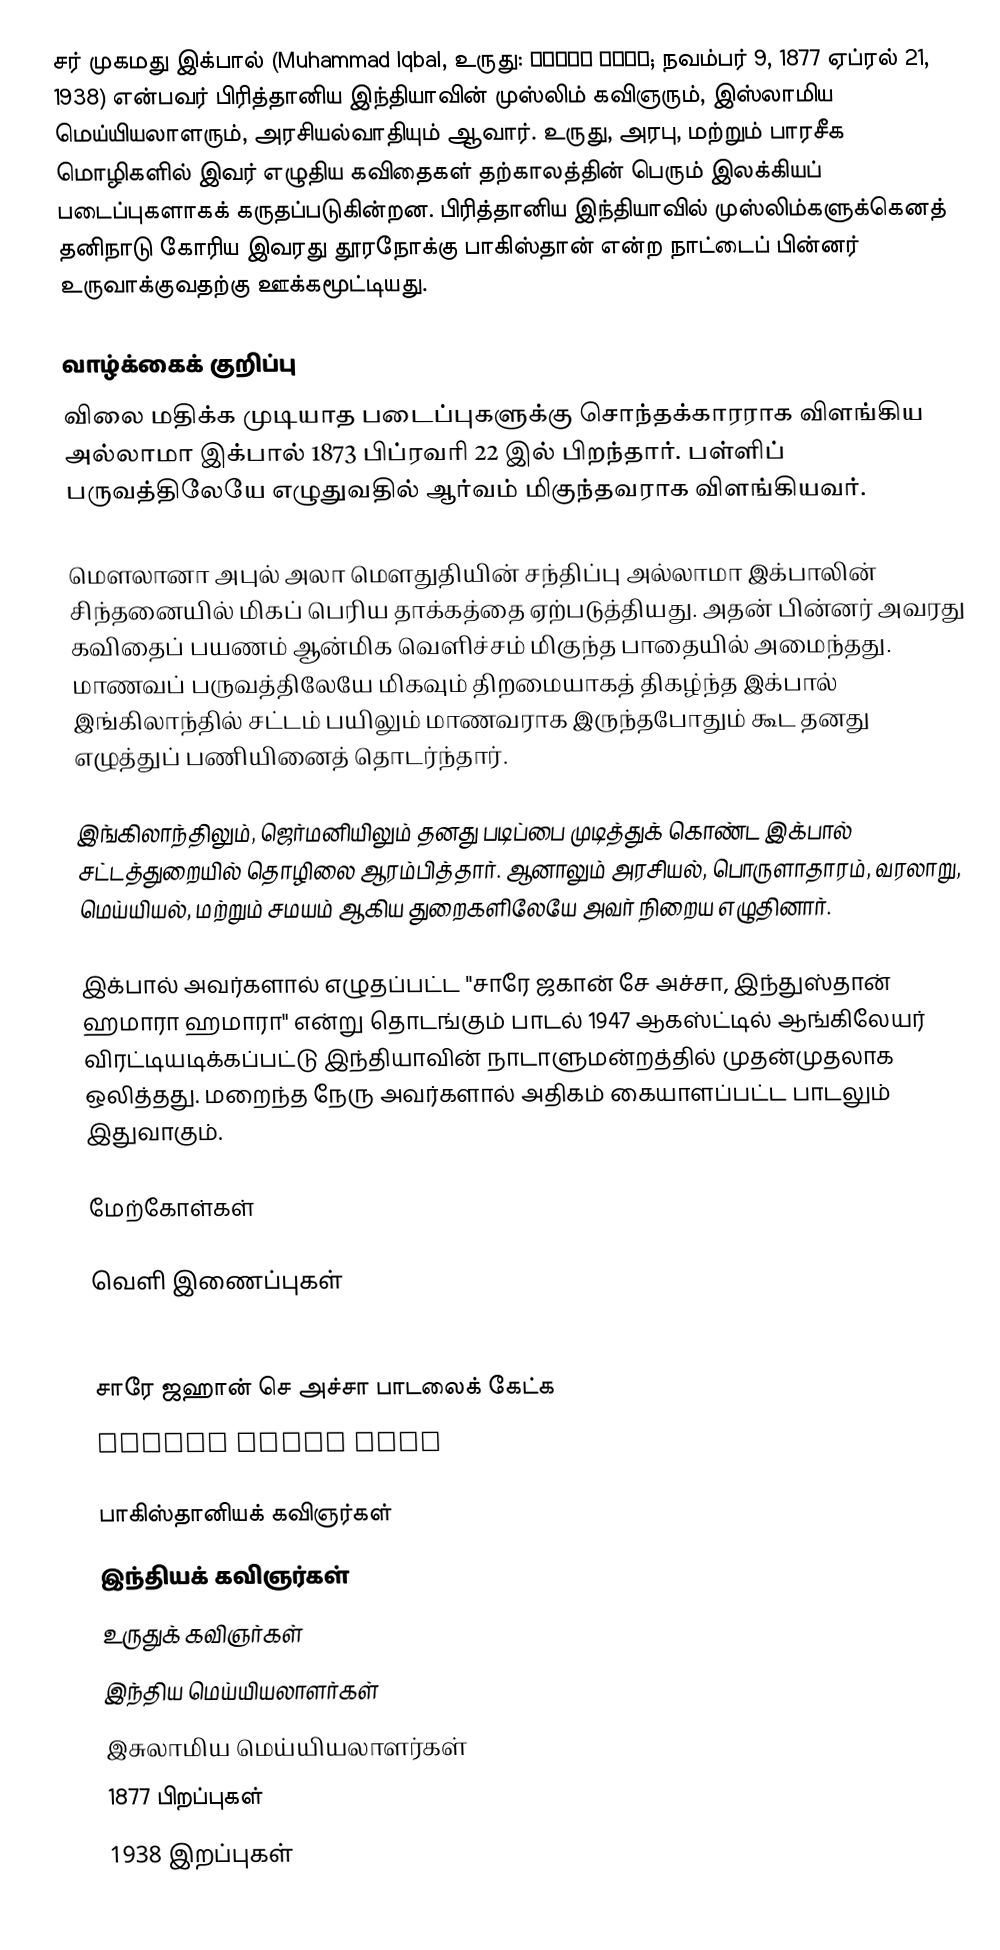
சர் முகமது இக்பால் (Muhammad Iqbal, உருது: محمد اقبال; நவம்பர் 9, 1877 ஏப்ரல் 21, 1938) என்பவர் பிரித்தானிய இந்தியாவின் முஸ்லிம் கவிஞரும், இஸ்லாமிய மெய்யியலாளரும், அரசியல்வாதியும் ஆவார். உருது, அரபு, மற்றும் பாரசீக மொழிகளில் இவர் எழுதிய கவிதைகள் தற்காலத்தின் பெரும் இலக்கியப் படைப்புகளாகக் கருதப்படுகின்றன. பிரித்தானிய இந்தியாவில் முஸ்லிம்களுக்கெனத் தனிநாடு கோரிய இவரது தூரநோக்கு பாகிஸ்தான் என்ற நாட்டைப் பின்னர் உருவாக்குவதற்கு ஊக்கமூட்டியது.

வாழ்க்கைக் குறிப்பு
விலை மதிக்க முடியாத படைப்புகளுக்கு சொந்தக்காரராக விளங்கிய அல்லாமா இக்பால் 1873 பிப்ரவரி 22 இல் பிறந்தார். பள்ளிப் பருவத்திலேயே எழுதுவதில் ஆர்வம் மிகுந்தவராக விளங்கியவர்.

மௌலானா அபுல் அலா மௌதுதியின் சந்திப்பு அல்லாமா இக்பாலின் சிந்தனையில் மிகப் பெரிய தாக்கத்தை ஏற்படுத்தியது. அதன் பின்னர் அவரது கவிதைப் பயணம் ஆன்மிக வெளிச்சம் மிகுந்த பாதையில் அமைந்தது. மாணவப் பருவத்திலேயே மிகவும் திறமையாகத் திகழ்ந்த இக்பால் இங்கிலாந்தில் சட்டம் பயிலும் மாணவராக இருந்தபோதும் கூட தனது எழுத்துப் பணியினைத் தொடர்ந்தார்.

இங்கிலாந்திலும், ஜெர்மனியிலும் தனது படிப்பை முடித்துக் கொண்ட இக்பால் சட்டத்துறையில் தொழிலை ஆரம்பித்தார். ஆனாலும் அரசியல், பொருளாதாரம், வரலாறு, மெய்யியல், மற்றும் சமயம் ஆகிய துறைகளிலேயே அவர் நிறைய எழுதினார்.

இக்பால் அவர்களால் எழுதப்பட்ட "சாரே ஜகான் சே அச்சா, இந்துஸ்தான் ஹமாரா ஹமாரா" என்று தொடங்கும் பாடல் 1947 ஆகஸ்ட்டில் ஆங்கிலேயர் விரட்டியடிக்கப்பட்டு இந்தியாவின் நாடாளுமன்றத்தில் முதன்முதலாக ஒலித்தது. மறைந்த நேரு அவர்களால் அதிகம் கையாளப்பட்ட பாடலும் இதுவாகும்.

மேற்கோள்கள்

வெளி இணைப்புகள்

 Iqbal Academy Pakistan
 சாரே ஜஹான் செ அச்சா பாடலைக் கேட்க
 Allama Iqbal site

பாகிஸ்தானியக் கவிஞர்கள்
இந்தியக் கவிஞர்கள்
உருதுக் கவிஞர்கள்
இந்திய மெய்யியலாளர்கள்
இசுலாமிய மெய்யியலாளர்கள்
1877 பிறப்புகள்
1938 இறப்புகள்